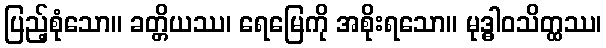
ပြည့်စုံသော။ ခတ္တိယဿ၊ ရေမြေကို အစိုးရသော။ မုဒ္ဓါဝသိတ္ထဿ၊